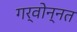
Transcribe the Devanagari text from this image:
गर्वोन्‍नत